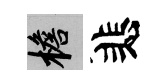
檐悲